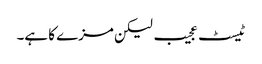
ٹیسٹ عجیب لیکن مزے کا ہے۔